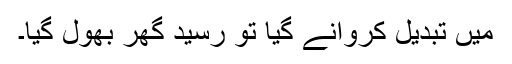
میں تبدیل کروانے گیا تو رسید گھر بھول گیا۔